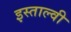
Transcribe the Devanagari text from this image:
इस्ताल्वी